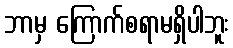
ဘာမှ ကြောက်စရာမရှိပါဘူး